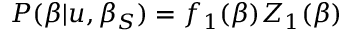
P ( \beta | u , \beta _ { S } ) = f _ { 1 } ( \beta ) Z _ { 1 } ( \beta )